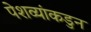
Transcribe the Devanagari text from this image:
पेशव्यांकडुन